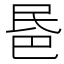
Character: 𣱈